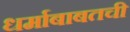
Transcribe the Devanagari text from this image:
धर्माबाबतची